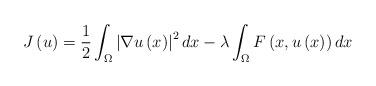
LaTeX: \begin{align*}J\left( u\right) =\frac{1}{2}\int_{\Omega }\left\vert \nabla u\left(x\right) \right\vert ^{2}dx-\lambda \int_{\Omega }F\left( x,u\left( x\right)\right) dx \end{align*}